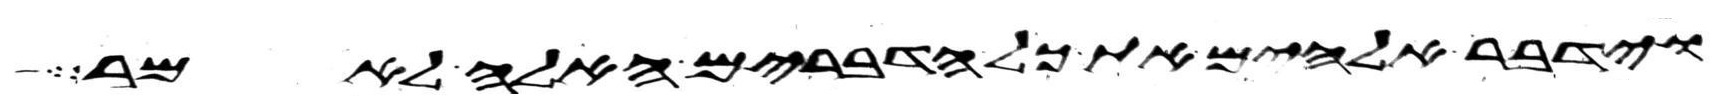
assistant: וידבר אלהים את כל הדברים האלה לאמר